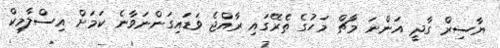
ޔާސިރް ގާދީ އަންނަ މާޗް މަހުގެ ތެރޭގައި ރާއްޖެ ވަޑައިގަންނަވާނެ ކަމަށް އިސްލާމިކް